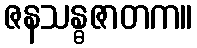
ဇနသန္ဓဇာတက။